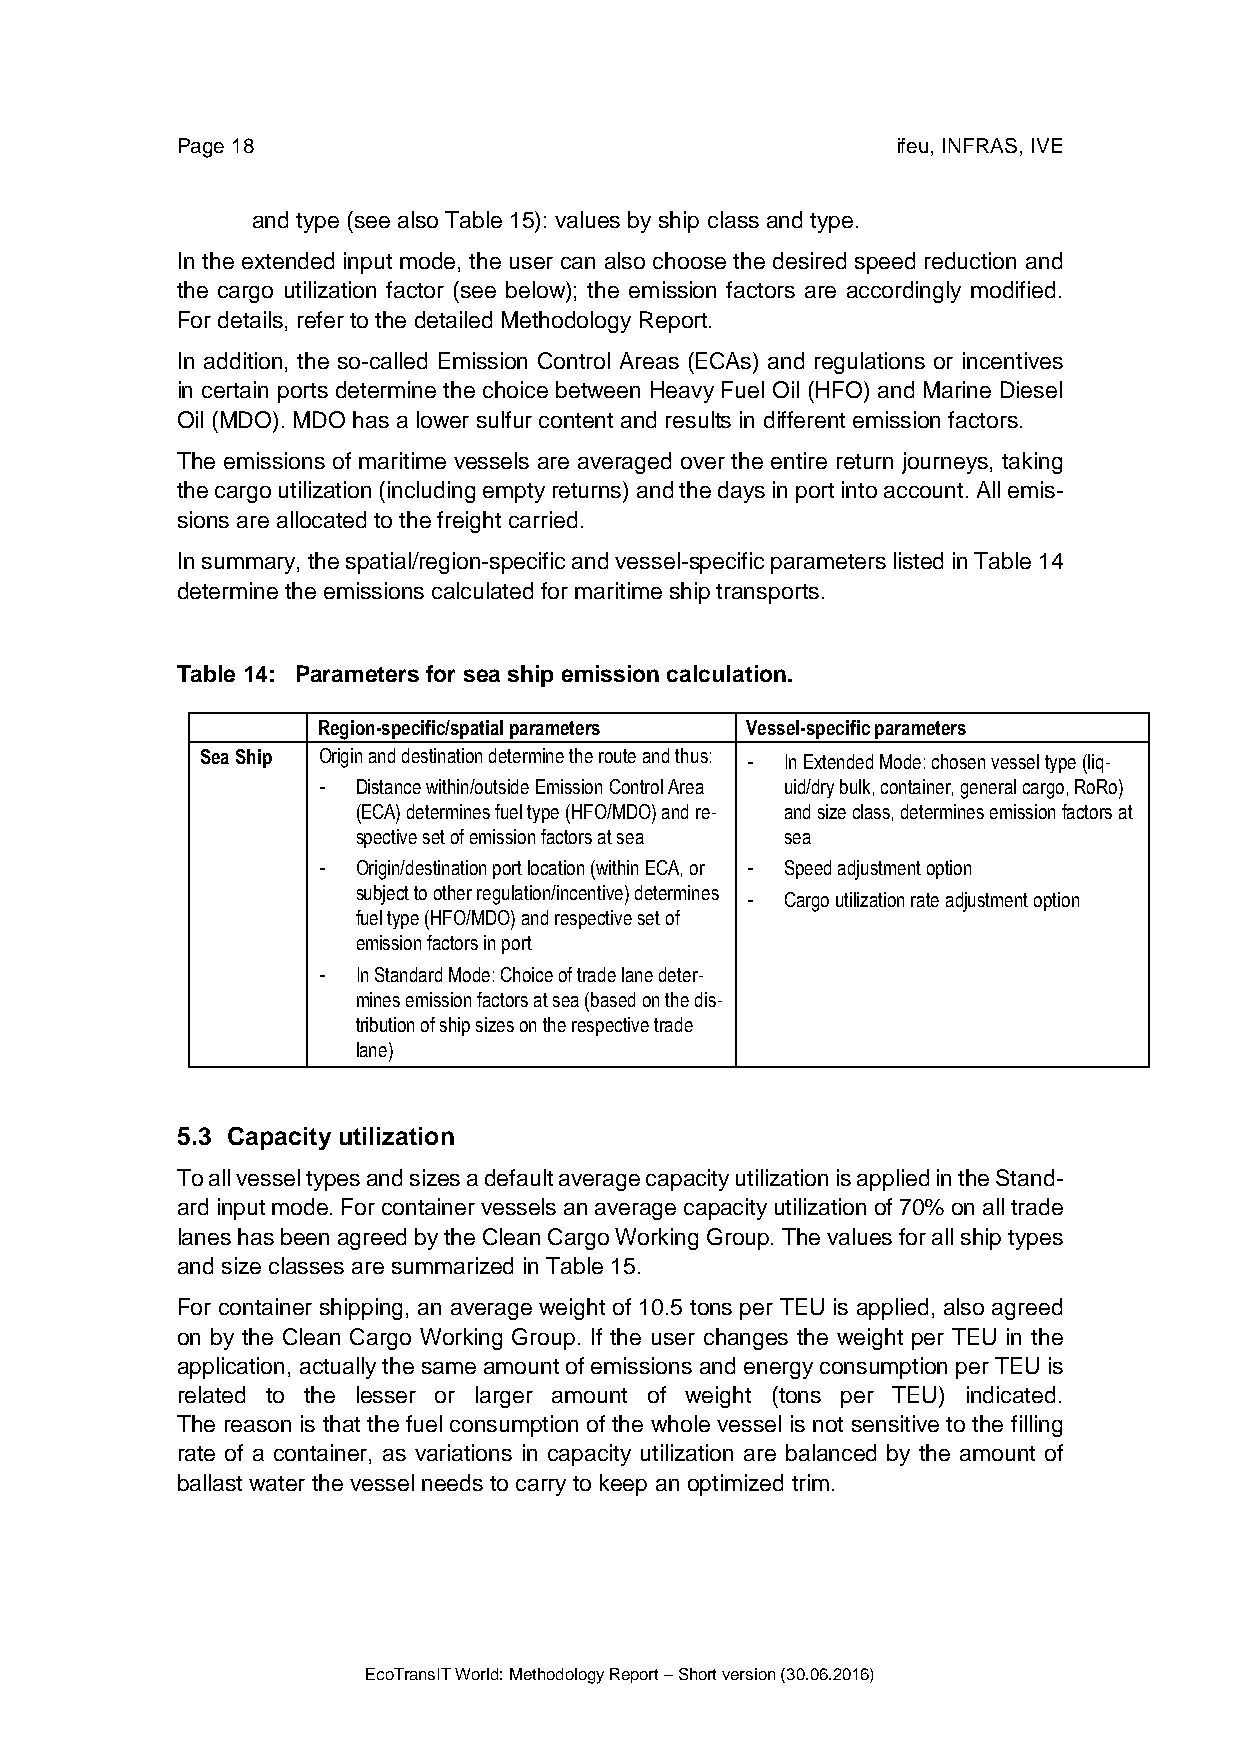
Page 18                                        ifeu, INFRAS, IVE
 and type (see also Table 15): values by ship class and type.
 In the extended input mode, the user can also choose the desired speed reduction and
 the cargo utilization factor (see below); the emission factors are accordingly modified.
 For details, refer to the detailed Methodology Report.
 In addition, the so-called Emission Control Areas (ECAs) and regulations or incentives
 in certain ports determine the choice between Heavy Fuel Oil (HFO) and Marine Diesel
 Oil (MDO). MDO has a lower sulfur content and results in different emission factors.
 The emissions of maritime vessels are averaged over the entire return journeys, taking
 the cargo utilization (including empty returns) and the days in port into account. All emis-
 sions are allocated to the freight carried.
 In summary, the spatial/region-specific and vessel-specific parameters listed in Table 14
 determine the emissions calculated for maritime ship transports.
 Table 14: Parameters for sea ship emission calculation.
 Region-specific/spatial parameters Vessel-specific parameters
 Sea Ship Origin and destination determine the route and thus: - In Extended Mode: chosen vessel type (liq-
 -  Distance within/outside Emission Control Area uid/dry bulk, container, general cargo, RoRo)
 (ECA) determines fuel type (HFO/MDO) and re- and size class, determines emission factors at
 spective set of emission factors at sea sea
 -  Origin/destination port location (within ECA, or - Speed adjustment option
 subject to other regulation/incentive) determines - Cargo utilization rate adjustment option
 fuel type (HFO/MDO) and respective set of
 emission factors in port
 -  In Standard Mode: Choice of trade lane deter-
 mines emission factors at sea (based on the dis-
 tribution of ship sizes on the respective trade
 lane)
 5.3 Capacity utilization
 To all vessel types and sizes a default average capacity utilization is applied in the Stand-
 ard input mode. For container vessels an average capacity utilization of 70% on all trade
 lanes has been agreed by the Clean Cargo Working Group. The values for all ship types
 and size classes are summarized in Table 15.
 For container shipping, an average weight of 10.5 tons per TEU is applied, also agreed
 on by the Clean Cargo Working Group. If the user changes the weight per TEU in the
 application, actually the same amount of emissions and energy consumption per TEU is
 related to the lesser or larger amount of weight (tons per TEU) indicated.
 The reason is that the fuel consumption of the whole vessel is not sensitive to the filling
 rate of a container, as variations in capacity utilization are balanced by the amount of
 ballast water the vessel needs to carry to keep an optimized trim.
 EcoTransIT World: Methodology Report – Short version (30.06.2016)